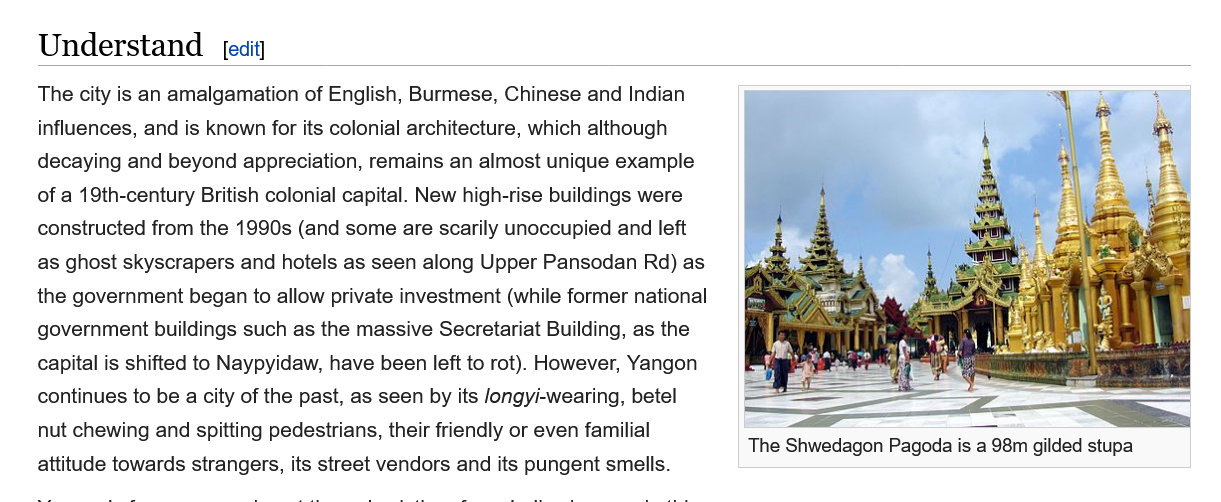
Understand
    The city is an amalgamation of English, Burmese, Chinese and Indian
    influences, and is known for its colonial architecture, which although
    decaying and beyond appreciation, remains an almost unique example
    of a 19th-century British colonial capital. New high-rise buildings were
    constructed from the 1990s (and some are scarily unoccupied and left
    as ghost skyscrapers and hotels as seen along Upper Pansodan Rd) as
    the government began to allow private investment (while former national
    government buildings such as the massive Secretariat Building, as the
    capital is shifted to Naypyidaw, have been left to rot). However, Yangon
    continues to be a city of the past, as seen by its Jongyi-wearing, betel
    nut chewing and spitting pedestrians, their friendly or even familial
    attitude towards strangers, its street vendors and its pungent smells.
     [edit]
     The Shwedagon Pagoda is a 98m gilded stupa